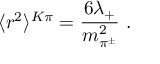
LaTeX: \langle r ^ { 2 } \rangle ^ { K \pi } = \frac { 6 \lambda _ { + } } { m _ { \pi ^ { \pm } } ^ { 2 } } \ .